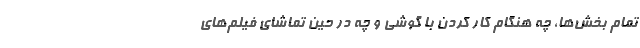
تمام بخش‌ها، چه هنگام کار کردن با گوشی و چه در حین تماشای فیلم‌های